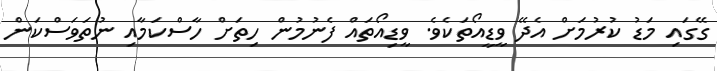
ގޭގައި މަޑު ކުރުމަށް އެދޭ ވީޑީއޯތަކެވެ. ވީޑިއޯތައް ފެނުމުން ހިތަށް ހާސްކަމާއި ނުތަވަސްކަން